Vaccination in Bombay 1889-1901 - 1889-1901
Year: 1889
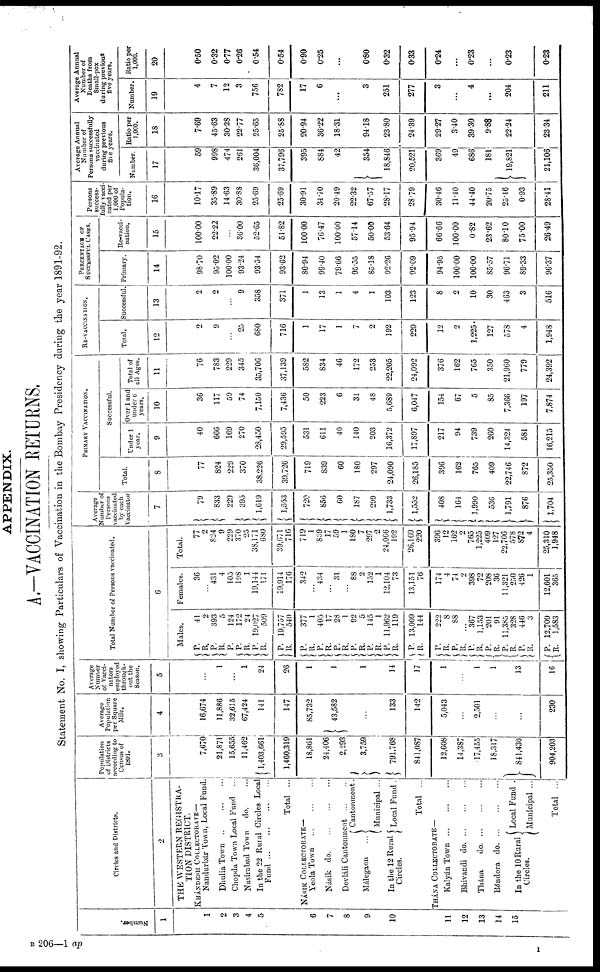
APPENDIX.
A.-VACCINATION RETURNS.
Statement No. I, showing Particulars of Vaccination in the Bombay Presidency during the year 1891-92.
Number.
1
1
2
3
4
5
6
7
8
9
10
11
12
13
14
15
Circles and Districts.
2
THE WESTERN REGISTRA-
TION DISTRICT.
KHÁNDESH COLLECTORATE—
Nandurbár Town, Local Fund.
Dhulia Town
...
...
...
Chopda Town Local Fund ...
Nasirabad Town
do.
In the 22 Rural Circles Local
Fund
Total ...
NÁSIK COLLECTORATE—
Yeola Town
Násik do
Devláli Cantonment
Málegaon
In the 12 Rural
Circles.
Cantonment
Municipal ...
Local Fund .
Total ...
THÁNA COLLECTORATE—
Kalyán Town ... ... ...
Bhivandi do
Thána
do
Bándora do
In the 10 Rural
Circles.
Local Fund .
Municipal ...
Total ...
Population
of Districts
according to
Census of
1891.
3
7,670
21,871
15,655
11,462
1,403,661
1,460,319
18,861
24,406
2,293
3,759
791,768
841,087
12,608
14,387
17,455
18,317
841,436
904,203
Average
Population
per Square
Mile.
4
16,674
11,886
32,615
67,424
141
147
85,732
43,582
...
133
142
5,043
...
2,501
...
...
230
Average
Number
of Vacci-
nators
employed
through-
out the
Season.
5
...
1
...
1
24
26
1
1
1
14
17
1
...
1
1
13
16
Total Number of Persons vaccinated.
6
Males.
P.
R.
P.
R.
P.
P.
R.
P.
R.
P.
R.
P.
R.
P.
R.
P.
R.
P.
R.
P.
R.
P.
R.
P.
R.
P
R.
P.
R.
P.
R.
P.
R.
P.
R.
P.
R.
P.
R.
41
2
393
5
124
172
24
19,027
509
19,757
540
377
1
405
17
28
1
92
5
145
1
11,962
119
13,009
144
222
8
88
...
367
1,153
201
91
11,385
328
446
3
12,709
1,583
Females.
36
...
431
4
105
198
1
19,144
171
19,014
176
342
...
434
...
31
...
88
2
152
1
12,104
73
13,151
76
174
4
74
9
398
72
208
36
11,321
250
426
1
12,601
365
Total.
77
2
824
9
229
370
25
38,171
680
39,671
716
719
1
839
17
59
1
180
7
297
2
24,066
192
26,160
220
396
12
162
2
765
1,225
409
127
22,706
578
872
4
25,310
1,948
Average
Number of
Persons
vaccinated
by each
Vaccinator
7
79
833
229
395
1,619
1,553
720
856
60
187
299
1,733
1,552
408
164
1,990
536
1,791
876
1,704
PRIMARY VACCINATION.
Total.
8
77
824
229
370
38,226
39,726
719
839
60
180
297
24,090
26,185
396
162
765
409
22,746
872
25,350
Successful.
Under 1
year.
9
40
666
169
270
28,450
29,595
531
611
40
140
203
16,372
17,897
217
94
739
260
14,324
581
16,215
Over 1 and
under 6
years.
10
36
117
59
74
7,150
7,436
50
223
6
31
48
5,689
6,047
154
67
5
85
7,366
197
7,874
Total of
all Ages.
11
76
783
229
345
35,706
37,139
582
834
46
172
253
22,205
24,092
376
162
765
350
21,960
779
24,392
RE-VACCINATION.
Total.
12
2
9
...
25
680
716
1
17
1
7
2
192
220
12
2
1,225
127
578
4
1,948
Successful
13
2
2
...
9
358
371
1
13
1
4
1
103
123
8
2
10
30
463
3
516
PERCENTAGE OF
SUCCESSFUL CASES.
Primary.
14
98.70
95.02
100.00
93.24
93.54
93.62
80.94
99.40
79.66
95.55
85.18
92.26
92.09
94.95
100.00
100.00
85.57
96.71
89.33
96.37
Re-vacci-
nation.
15
100.00
22.22
...
36.00
52.65
51.82
100.00
76.47
100.00
57.14
50.00
53.64
95.94
66.66
100.00
0.82
23.62
80.10
75.00
26.49
Persons
success-
fully vacci-
nated per
1,000 of
Popula-
tion.
16
10.17
35.89
14.63
30.88
25.69
25.69
30.91
34.70
20.49
22.32
67.57
28.17
28.79
30.46
11.40
44.40
20.75
25.46
0.93
28.41
Average Annual
Number of
Persons successfully
vaccinated
during previous
five years.
Number.
17
59
998
474
261
36,004
37,796
395
884
42
354
18,846
20,521
369
49
686
181
19,821
21,106
Ratio per
1,000.
18
7.69
45.63
30.28
22.77
25.65
25.88
20.94
36.22
18.31
94.18
23.80
24.39
29.27
3.40
39.30
9.88
22.24
23.34
Average Annual
Number of
Deaths from
Small-pox
during previous
five years.
Number.
19
4
7
12
3
756
782
17
6
...
3
251
277
3
...
4
....
204
211
Ratio per
1,000.
20
0.50
0.32
0.77
0.26
0.54
0.54
0.90
0.25
...
0.80
0.32
0.33
0.24
...
0.23
...
0.23
0.23
B 206—1 ap
1